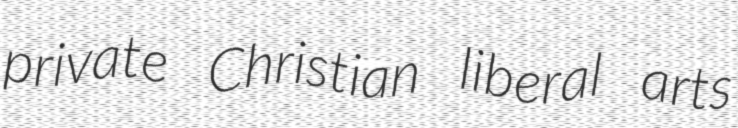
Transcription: private Christian liberal arts